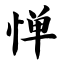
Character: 惮